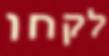
לקחו